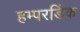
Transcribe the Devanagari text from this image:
हम्परडिंक